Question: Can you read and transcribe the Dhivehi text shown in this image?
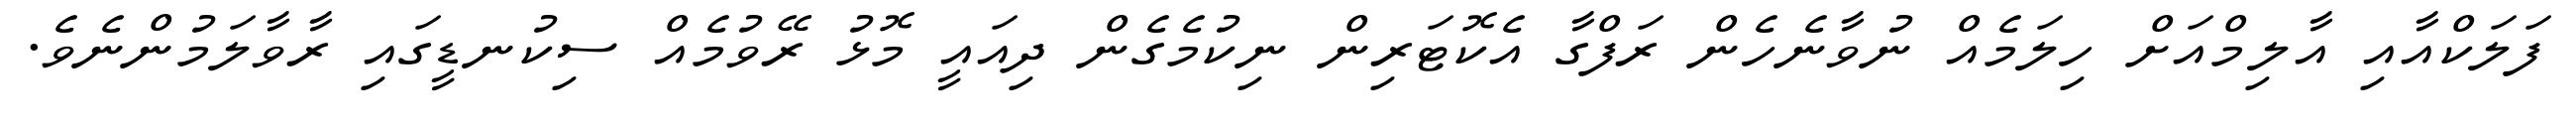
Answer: ފަލަކްއާއި އާލިމްއަށް ހިލަމެއް ނުވާނެހެން ރަފްގާ އެކޮޓަރިން ނިކުމެގެން ދިއައީ މޮޅު ރޭވުމެއް ސިކުނޑީގައި ރާވާލަމުންނެވެ.